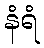
နံရံ